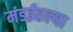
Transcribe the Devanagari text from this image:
मंडईतल्या